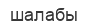
шалабы